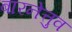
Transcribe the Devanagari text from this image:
बारनेत्तुव